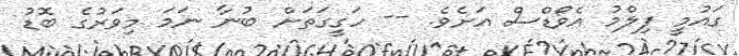
ގައުމީ ފިލްމު އެވޯޑްސް އަށެވެ. -- ހަގީގަތަށް ބުނާ ނަމަ މިވަރުގެ ބޮޑު